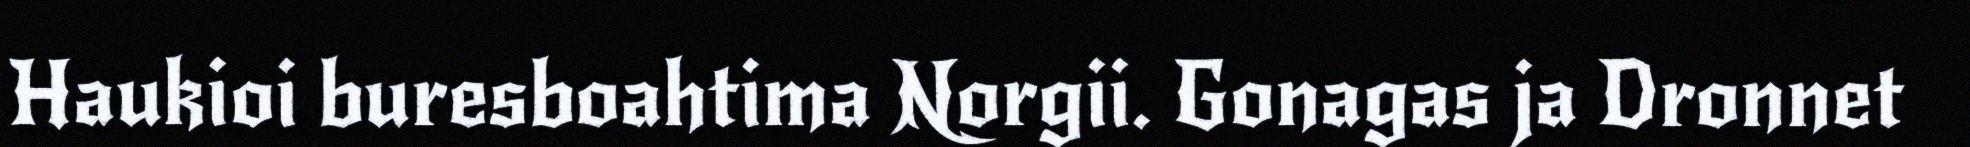
Haukioi buresboahtima Norgii. Gonagas ja Dronnet